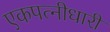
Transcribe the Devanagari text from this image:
एकपत्नीधारी